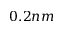
0 . 2 n m